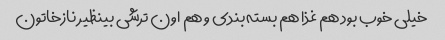
خیلی خوب بود هم غذا هم بسته بندی و هم اون ترشی بینظیر نازخاتون